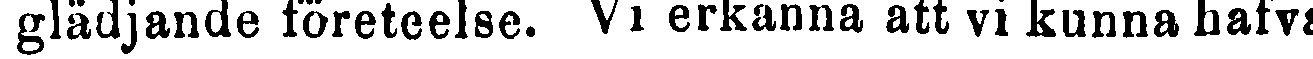
glädjande företeelse. Vi erkänna att vi kunna hafva